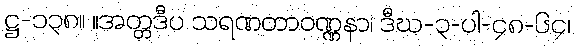
ဋ္ဌ-၁၃၈။ ။အတ္တဒီပ သရဏတာဝဏ္ဏနာ၊ ဒီဃ-၃-ပါ-၄၈-၆၄၊